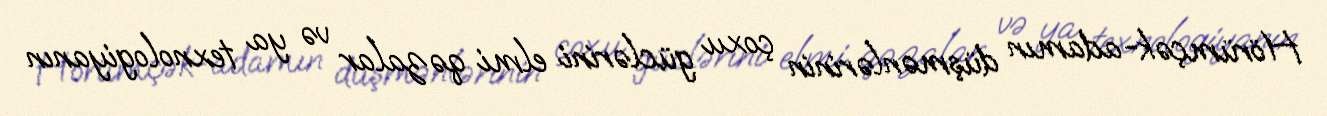
Hörümçək-adamın düşmənlərinin çoxu güclərini elmi qəzalar və ya texnologiyanın